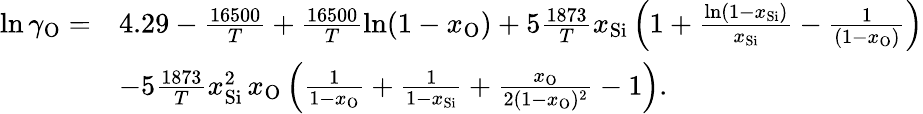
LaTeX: \begin{array}{rl}{\ln\gamma_{\mathrm{O}}=}&{4.29-\frac{16500}{T}+\frac{16500}{T}\ln(1-x_{\mathrm{O}})+5\frac{1873}{T}x_{\mathrm{Si}}\left(1+\frac{\ln(1-x_{\mathrm{Si}})}{x_{\mathrm{Si}}}-\frac{1}{(1-x_{\mathrm{O}})}\right)}\\ &{-5\frac{1873}{T}x_{\mathrm{Si}}^{2}\, x_{\mathrm{O}}\left(\frac{1}{1-x_{\mathrm{O}}}+\frac{1}{1-x_{\mathrm{Si}}}+\frac{x_{\mathrm{O}}}{2(1-x_{\mathrm{O}})^{2}}-1\right).}\end{array}